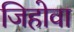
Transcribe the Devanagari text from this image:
जिहोवा